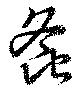
螽